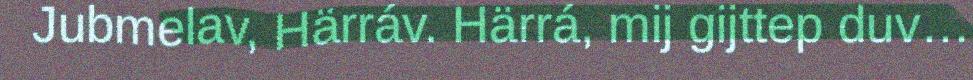
Jubmelav, Härráv. Härrá, mij gijttep duv…